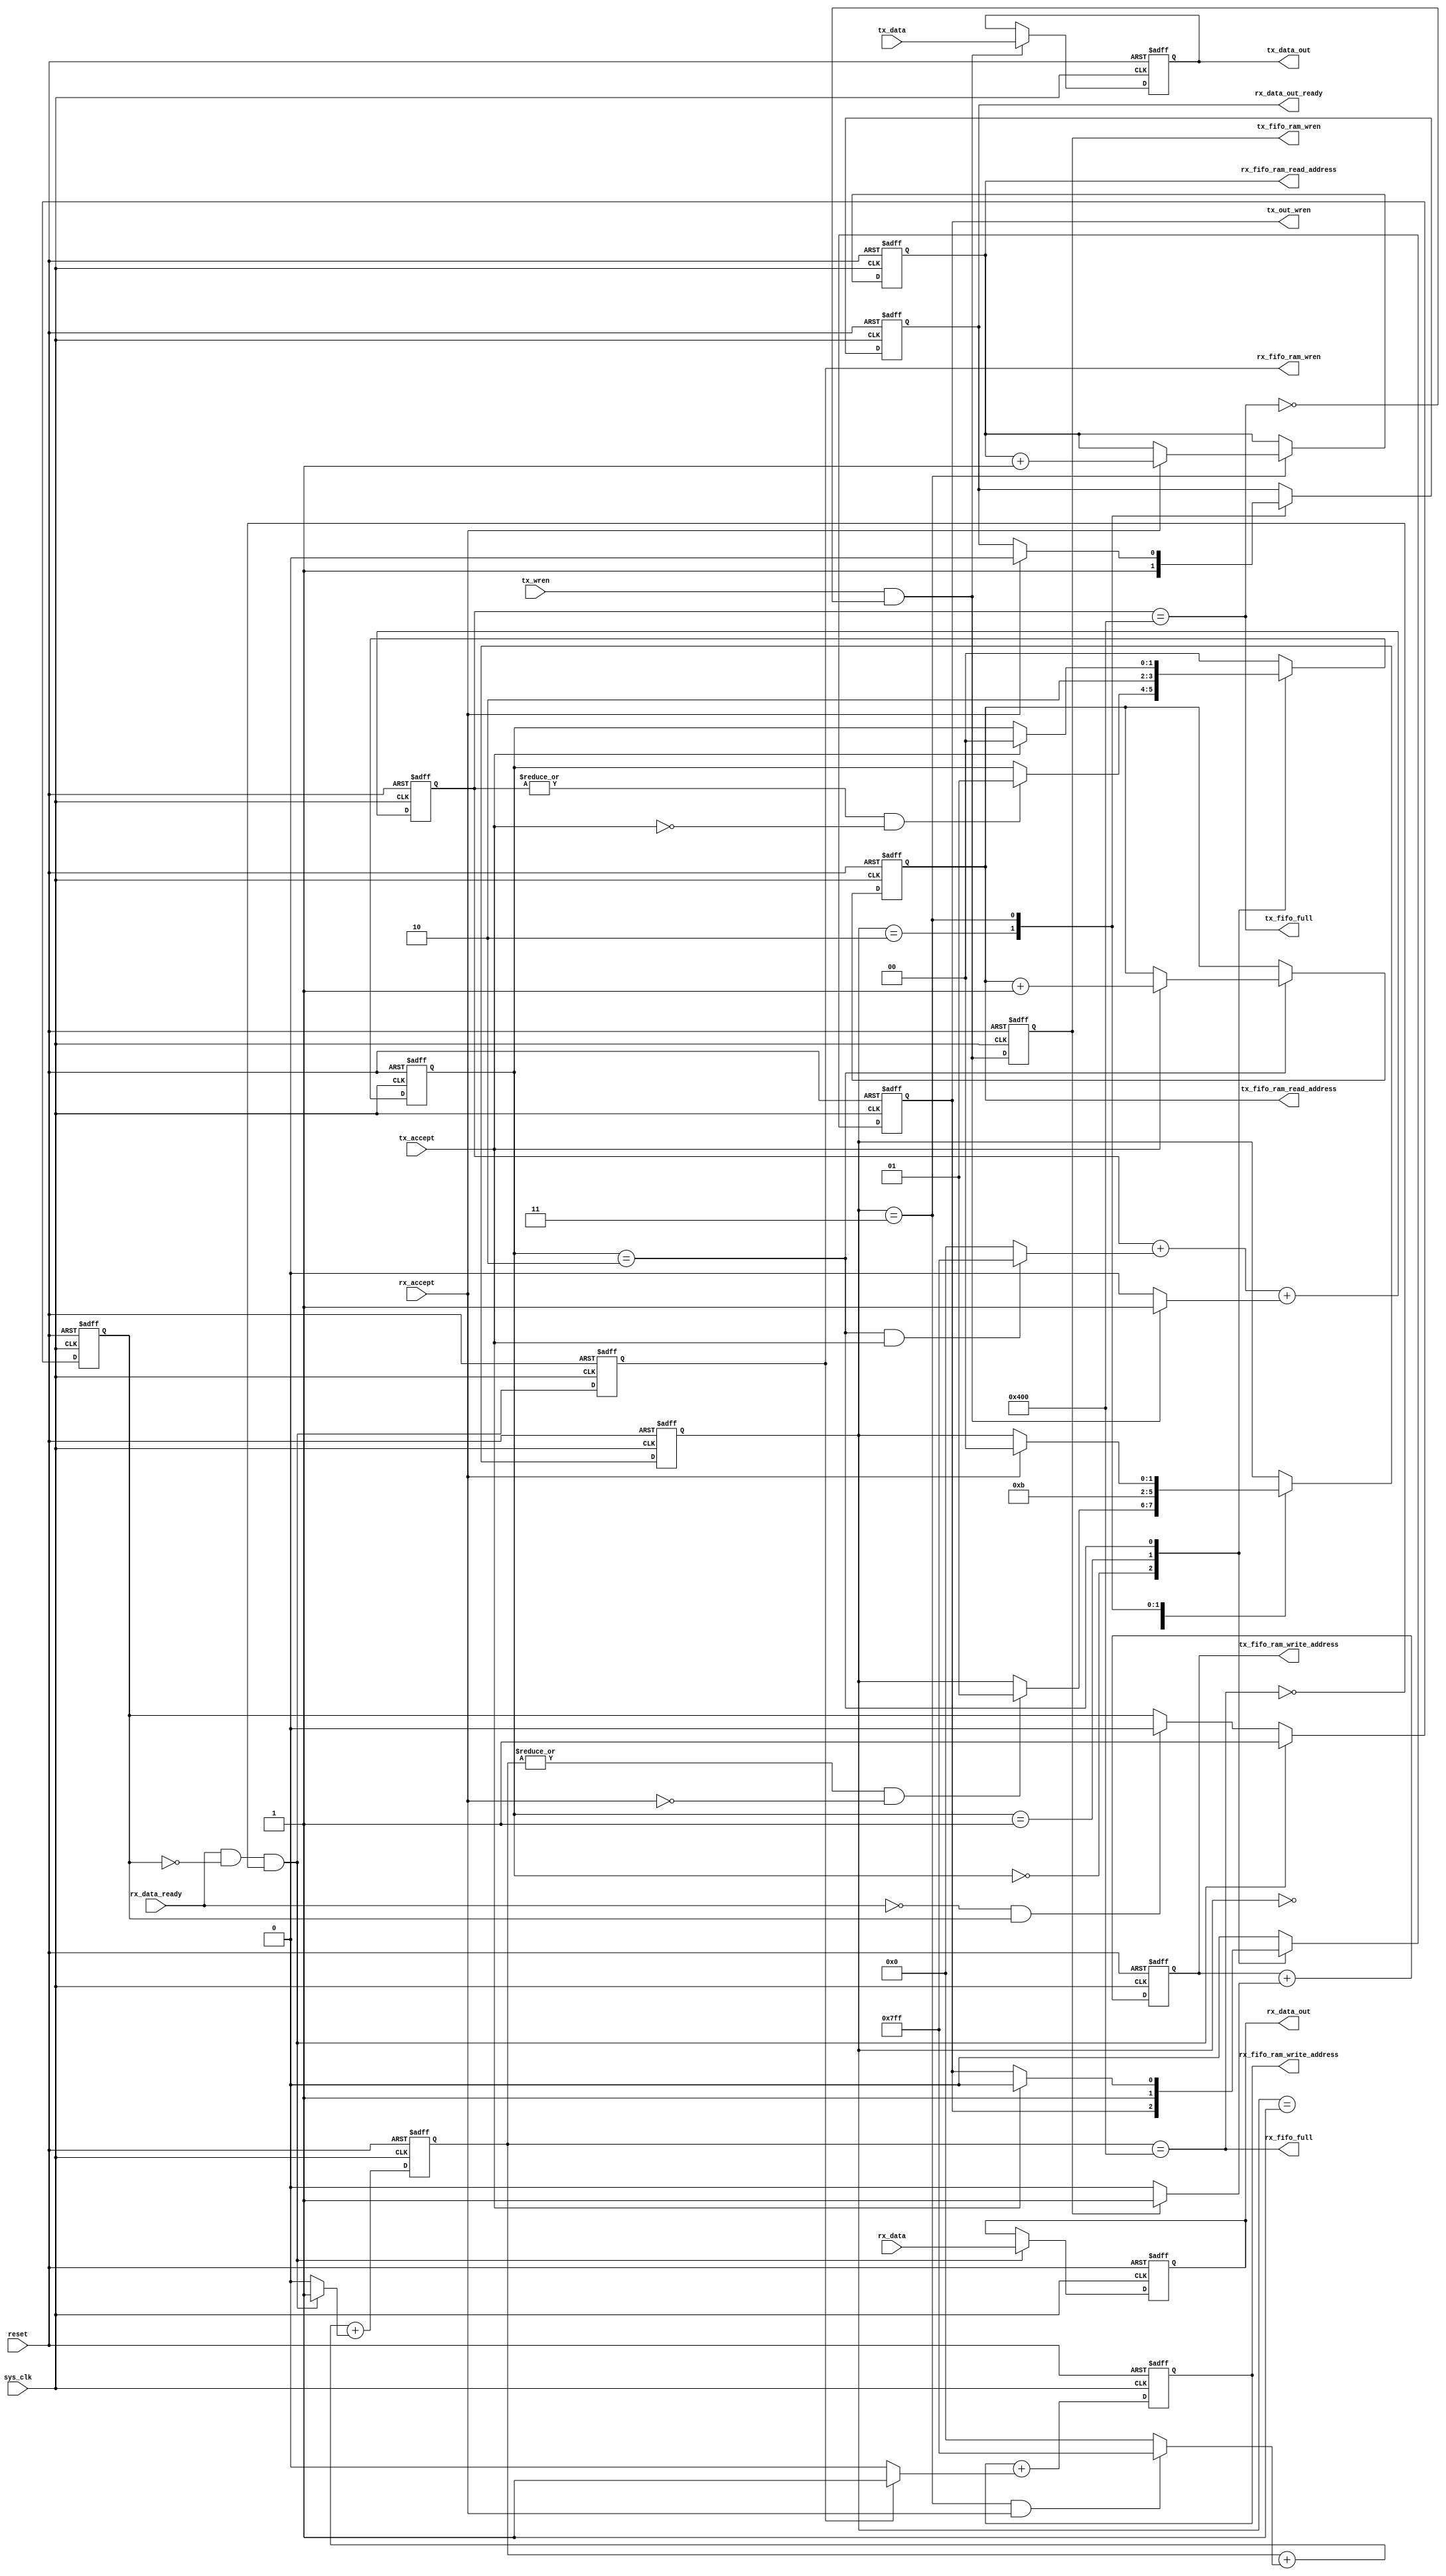
module uart_fifo
	#(parameter TX_RAM_ADDRESS_BITS = 10,
	            RX_RAM_ADDRESS_BITS = 10)
	(input reset,
	 input sys_clk,

	
	 input tx_wren, // When this goes high, there's new data for the fifo
	 input [7:0] tx_data,
	 input tx_accept, // UART signals when it can accepted tx data
	 
	 input [7:0] rx_data,
	 input rx_data_ready,
	 input rx_accept, // User signal describes when it accepted rx data
	 
	 output reg tx_out_wren, // High to tell UART that there's data. UART responds by pulsing tx_accept
	 
	 output tx_fifo_full,
	 output reg tx_fifo_ram_wren, // pulled high to write new data into the fifo ram
	 
	 output reg [7:0] tx_data_out,
	 output reg [TX_RAM_ADDRESS_BITS-1:0] tx_fifo_ram_read_address,
	 output reg [TX_RAM_ADDRESS_BITS-1:0] tx_fifo_ram_write_address,
	 
	 output reg [7:0] rx_data_out,
	 output reg [RX_RAM_ADDRESS_BITS-1:0] rx_fifo_ram_read_address,
	 output reg [RX_RAM_ADDRESS_BITS-1:0] rx_fifo_ram_write_address,
	 output rx_fifo_full,
	 output reg rx_fifo_ram_wren,
	 output reg rx_data_out_ready
	);
	
	localparam FIFO_TX_SIZE = 1 << TX_RAM_ADDRESS_BITS;
	localparam FIFO_RX_SIZE = 1 << RX_RAM_ADDRESS_BITS;
	
	// Ring buffer content usage...need 1 extra bit for when the buffer is full
	reg [TX_RAM_ADDRESS_BITS:0] tx_count;
	assign tx_fifo_full = (tx_count == FIFO_TX_SIZE);
	
	reg [RX_RAM_ADDRESS_BITS:0] rx_count;
	assign rx_fifo_full = (rx_count == FIFO_RX_SIZE);
	
	localparam TX_IDLE=2'd0, TX_WAIT_MEM=2'd1, TX_WAIT_UART=2'd2;
	reg [1:0] tx_state;
	
	wire write_tx_ram = tx_wren && ~tx_fifo_full;
	
	reg rx_data_ready_wait;
	wire write_rx_ram = rx_data_ready && ~rx_data_ready_wait && ~rx_fifo_full;
	
	localparam RX_IDLE=2'd0, RX_WAIT_MEM1=2'd1, RX_WAIT_MEM2=2'd2, RX_WAIT_ACCEPT=2'd3;
	reg [1:0] rx_state;

	////////////////////////////////////////////////////////////////////////////////
	// TX protocol	
	always @(posedge sys_clk or posedge reset)
	begin
		if(reset) begin
			tx_fifo_ram_read_address <= {TX_RAM_ADDRESS_BITS{1'b0}};
`ifdef USE_TEST_RAM
			tx_count <= FIFO_TX_SIZE;
			tx_fifo_ram_write_address <= FIFO_TX_SIZE;
`else
			tx_count <= 'b0;
			tx_fifo_ram_write_address <= {TX_RAM_ADDRESS_BITS{1'b0}};
`endif
			tx_fifo_ram_wren <= 'b0;
			tx_data_out <= 8'b0;
			tx_out_wren <= 'b0;
			tx_state <= TX_IDLE;
		end else begin
			// Allow a write to memory as long as the fifo isn't full
			tx_fifo_ram_wren <= write_tx_ram;
			if(write_tx_ram)
				tx_data_out <= tx_data;
				
			// write_address will move only after written to it in the last cycle, so tx_fifo_ram_wren is used instead of the write_tx_ram wire
			tx_fifo_ram_write_address <= tx_fifo_ram_write_address + (tx_fifo_ram_wren ? 1 : 0);

			// tx_count will go down when the UART accepts data, and up when incoming data is received
			// this logic allows for both to happen simultaneously:
			tx_count <= tx_count + (((tx_state == TX_WAIT_UART) && tx_accept) ? -1 : 0) + ((write_tx_ram) ? 1 : 0);
						
			case(tx_state)
				TX_IDLE: begin
					// This uses the previous value of tx_count
					if((| tx_count) && ~tx_accept) begin
						// There's data to send, and rdaddress is already on the line, 
						// so waiting 1 clock cycle (to make sure RAM is ready) should be good, then flip tx_out_wren high
						tx_state <= TX_WAIT_MEM;
					end
				end
				TX_WAIT_MEM: begin
					// Byte is on the line, so tell UART it's ready and wait for accept
					tx_out_wren <= 1'b1;
					tx_state <= TX_WAIT_UART;
				end
				TX_WAIT_UART: begin
					if(tx_accept) begin
						tx_out_wren <= 1'b0;
						
						// free up space now that the UART has taken the data
						tx_fifo_ram_read_address <= tx_fifo_ram_read_address + 1'b1;
						
						// wait for the UART to be ready again
						tx_state <= TX_IDLE;
					end
				end
				default: begin
					tx_out_wren <= 1'b0;
					tx_state <= TX_IDLE;
				end
			endcase
		end
	end
	
	////////////////////////////////////////////////////////////////////////////////
	// RX protocol
	always @(posedge sys_clk or posedge reset)
	begin
		if(reset) begin
			rx_fifo_ram_read_address <= {RX_RAM_ADDRESS_BITS{1'b0}};
			rx_fifo_ram_write_address <= {RX_RAM_ADDRESS_BITS{1'b0}};
			rx_count <= 'b0;
			rx_fifo_ram_wren <= 'b0;
			rx_data_out <= 8'b0;
			rx_data_out_ready <= 1'b0;
			rx_data_ready_wait <= 1'b0;
			rx_state <= RX_IDLE;
		end else begin
			// Allow a write to memory as long as the fifo isn't full but only once when data_ready is high
			rx_fifo_ram_wren <= write_rx_ram;
			if(write_rx_ram) begin
				rx_data_out <= rx_data;
				rx_data_ready_wait <= 1'b1;
			end else if(~rx_data_ready && rx_data_ready_wait) begin
				rx_data_ready_wait <= 1'b0;
			end
				
			// write_address will move only after it was written to it in the last cycle, so rx_fifo_ram_wren is used instead of the write_rx_ram wire
			rx_fifo_ram_write_address <= rx_fifo_ram_write_address + (rx_fifo_ram_wren ? 1 : 0);

			// rx_count will go down when the user accepts data, and up when UART data is received.
			// this logic allows for both to happen simultaneously:
			rx_count <= rx_count + (((rx_state == RX_WAIT_ACCEPT) && rx_accept) ? -1 : 0) + ((write_rx_ram) ? 1 : 0);
			
			case(rx_state)
				RX_IDLE: begin
					if((| rx_count) && ~rx_accept) begin
						// read address is already on the line this cycle,
						// If the data out of q is being registered, another clock cycle 
						// must occur, so waiting two cycles seems safer
						rx_state <= RX_WAIT_MEM1;
					end
				end
				RX_WAIT_MEM1: begin
					rx_state <= RX_WAIT_MEM2;
				end
				RX_WAIT_MEM2: begin
					// data is ready, trigger to user
					rx_data_out_ready <= 1'b1;
					rx_state <= RX_WAIT_ACCEPT;
				end
				RX_WAIT_ACCEPT: begin
					if(rx_accept) begin
						rx_data_out_ready <= 1'b0;
						rx_fifo_ram_read_address <= rx_fifo_ram_read_address + 1'b1;
						rx_state <= RX_IDLE;
					end
				end
				default: begin
					rx_data_out_ready <= 1'b0;
					rx_state <= RX_IDLE;
				end
			endcase
		end
	end

endmodule